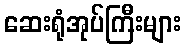
ဆေးရုံအုပ်ကြီးများ